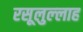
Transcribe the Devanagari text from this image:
रसूलुल्‍लाह